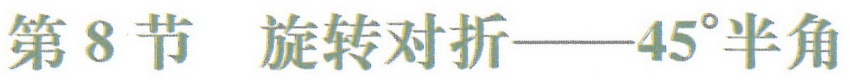
第 8 节  旋转对折——\(45^{\circ}\)半角